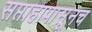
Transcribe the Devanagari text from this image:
सप्ताहापासूनच